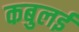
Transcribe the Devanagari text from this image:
कबुलई